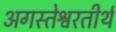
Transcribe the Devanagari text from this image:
अगस्तेश्वरतीर्थ